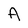
Character: A